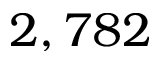
2 , 7 8 2